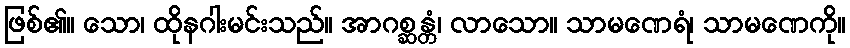
ဖြစ်၏။ သော၊ ထိုနဂါးမင်းသည်။ အာဂစ္ဆန္တံ၊ လာသော။ သာမဏေရံ၊ သာမဏေကို။